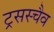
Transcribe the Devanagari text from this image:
ट्रसस्चैव